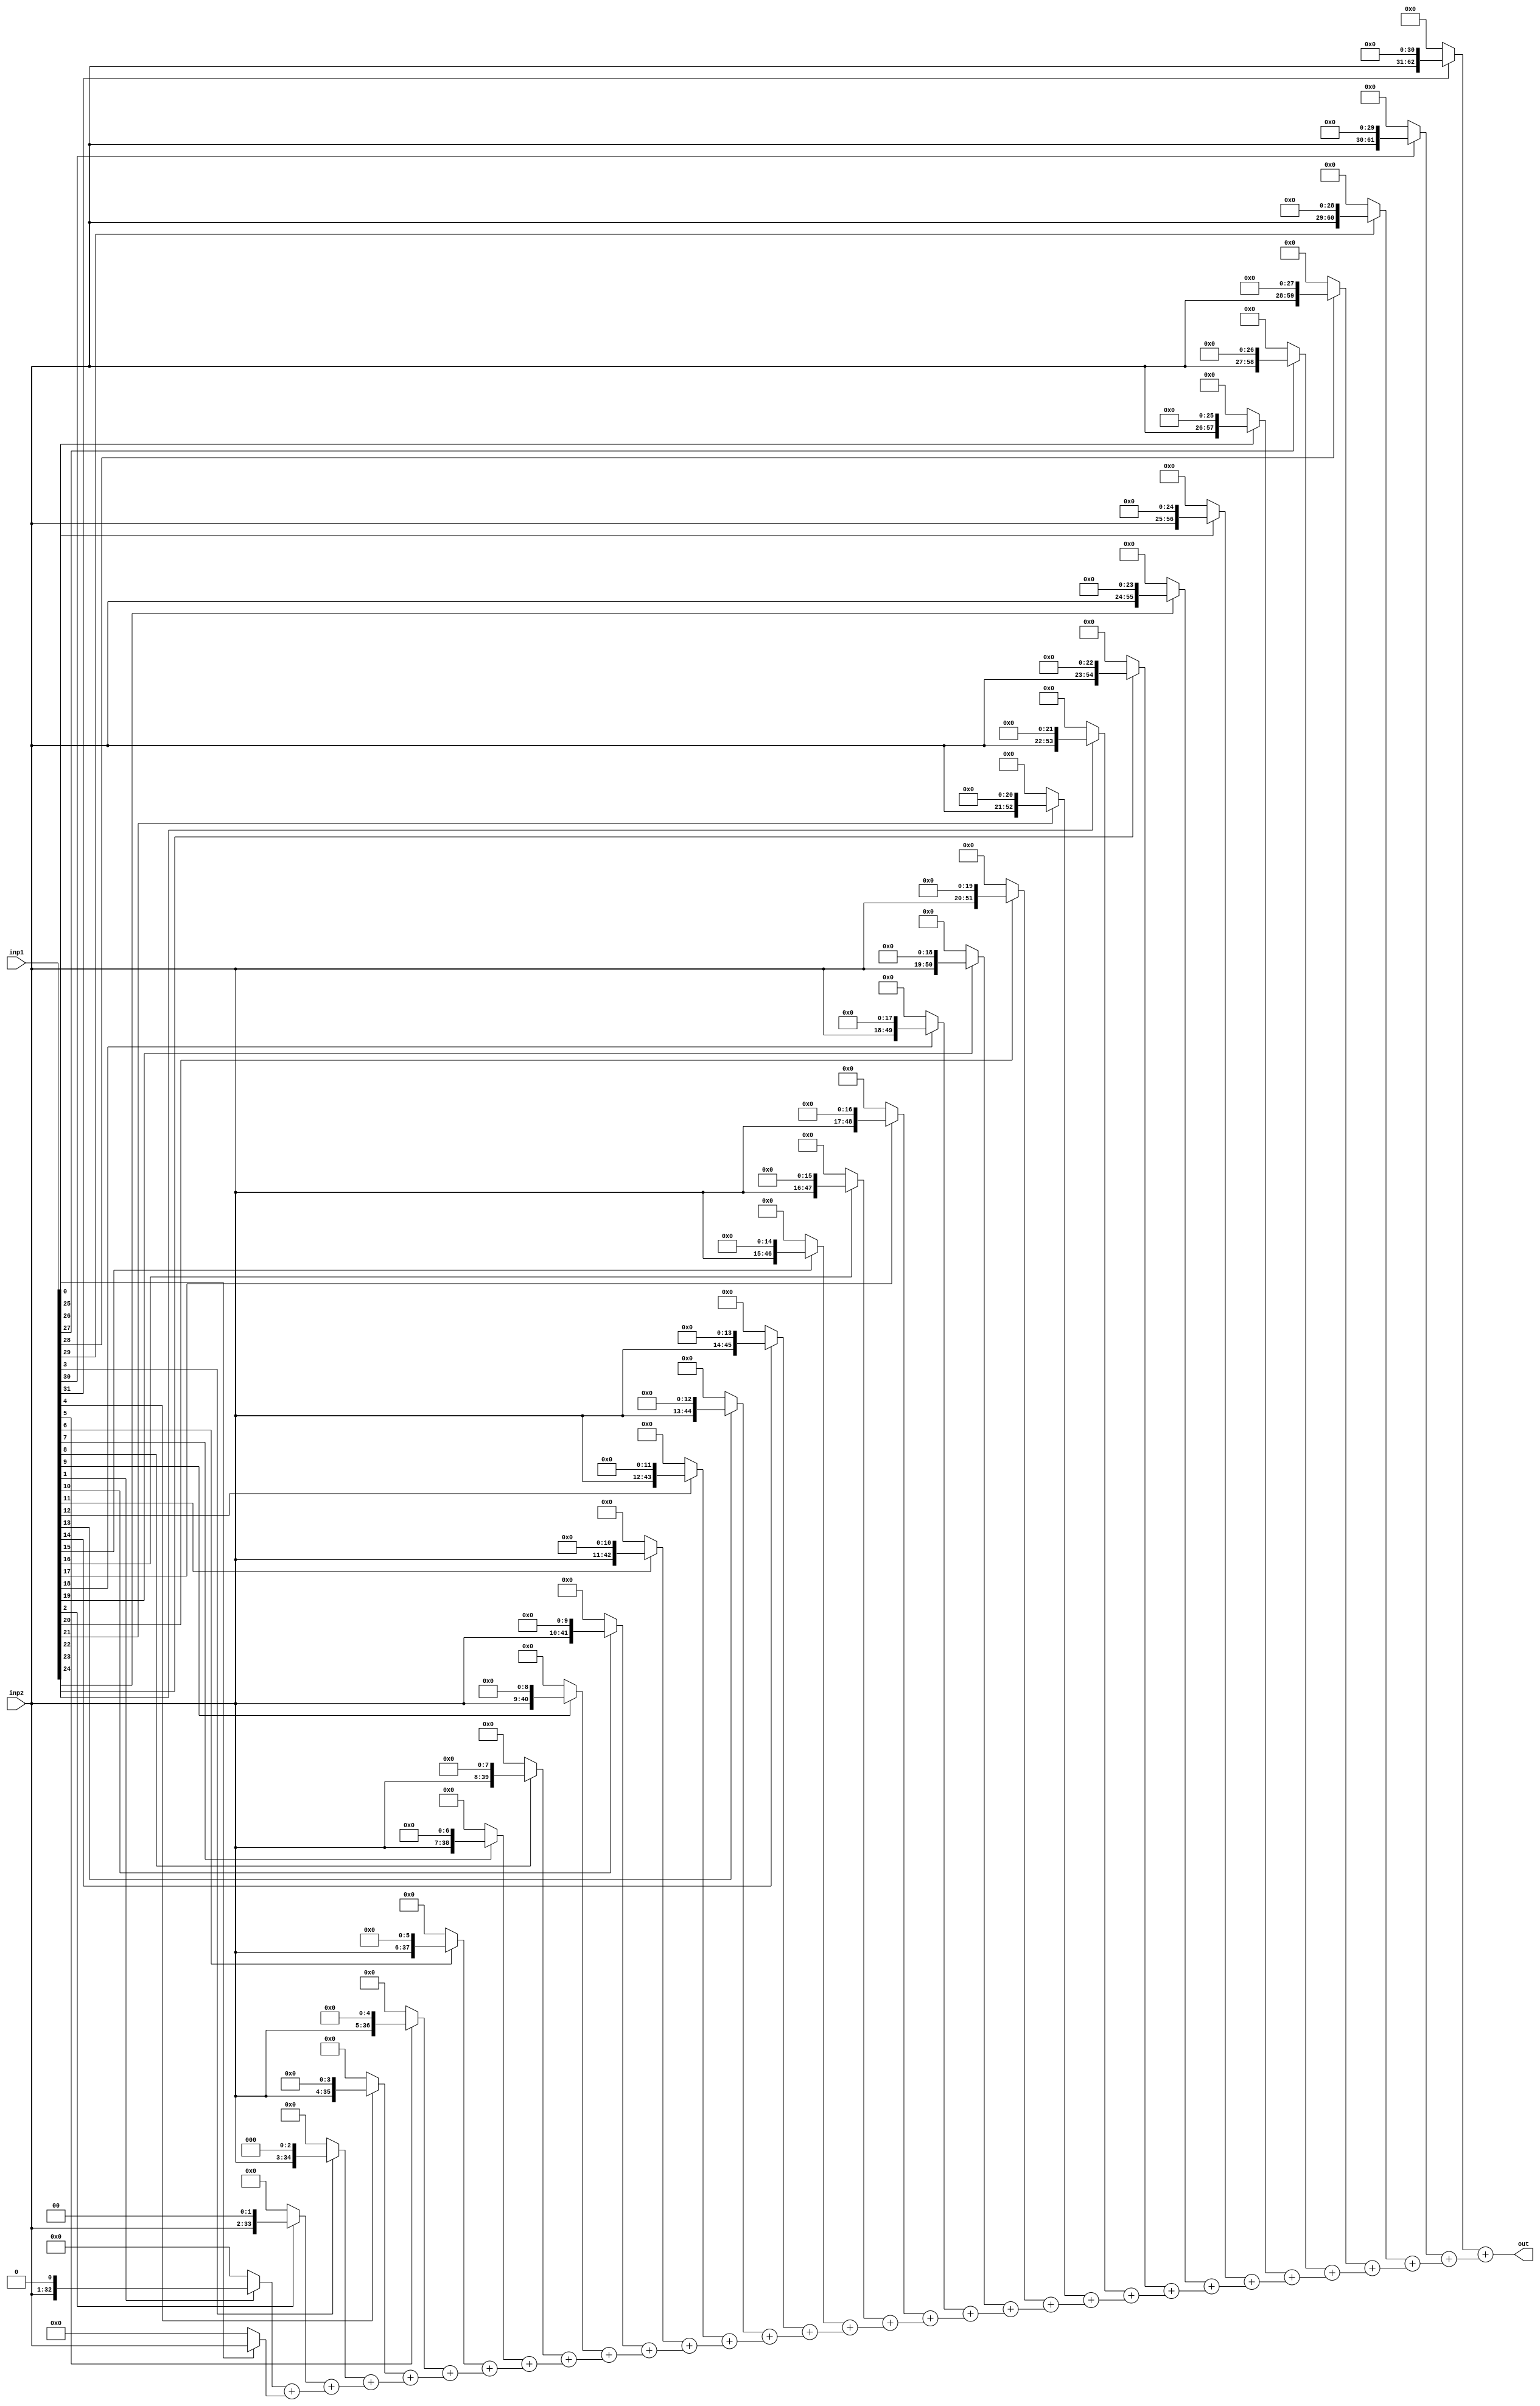
`timescale 1ns / 1ps
//////////////////////////////////////////////////////////////////////////////////
// Company: 
// Engineer: 
// 
// Design Name: 
// Module Name:    unsignedmultiplication 
// Project Name: 
// Target Devices: 
// Tool versions: 
// Description: 
//
// Dependencies: 
//
// Revision: 
// Revision 0.01 - File Created
// Additional Comments: 
//
//////////////////////////////////////////////////////////////////////////////////
module unsignedmultiplication(
    input [31:0]inp1,
    input [31:0]inp2,
    output [63:0]out
    );
wire [2047:0]p;

genvar i;        
 assign p[63:0] = inp1[0] ? inp2 : 0;  //first output size bits          
  generate            
      for (i = 1; i < 32; i = i+1)       
         begin: test        
             assign p[(32*(4+(2*(i-1))))-1 : (32*2)*i] = (inp1[i]?inp2<<i :0) + p[(32*(4+(2* 
                (i-2))))-1 :(32*2)*(i-1)];       
         end     
   endgenerate          
  assign out=p[2047:1984];     //taking last output size bits            
endmodule